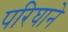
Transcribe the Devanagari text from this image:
परिघाने